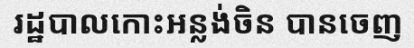
រដ្ឋបាលកោះអន្លង់ចិន បានចេញ